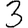
Digit: 3